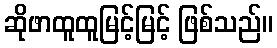
ဆိုဖာထူထူမြင့်မြင့် ဖြစ်သည်။